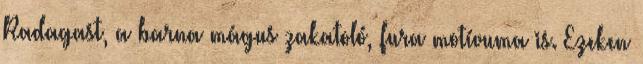
Radagast, a barna mágus zakatoló, fura motívuma is. Ezeken